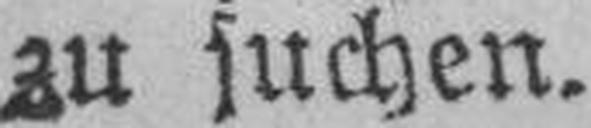
zu suchen.